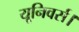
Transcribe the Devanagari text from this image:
यूनिवर्स।